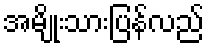
အမျိုးသားပြန်လည်